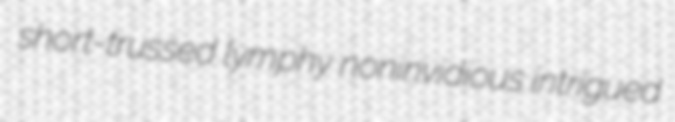
short-trussed lymphy noninvidious intrigued